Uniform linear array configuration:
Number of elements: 4
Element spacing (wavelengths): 1
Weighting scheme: hann
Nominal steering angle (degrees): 45
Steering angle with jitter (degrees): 46.723
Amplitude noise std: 0.05
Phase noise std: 0.05

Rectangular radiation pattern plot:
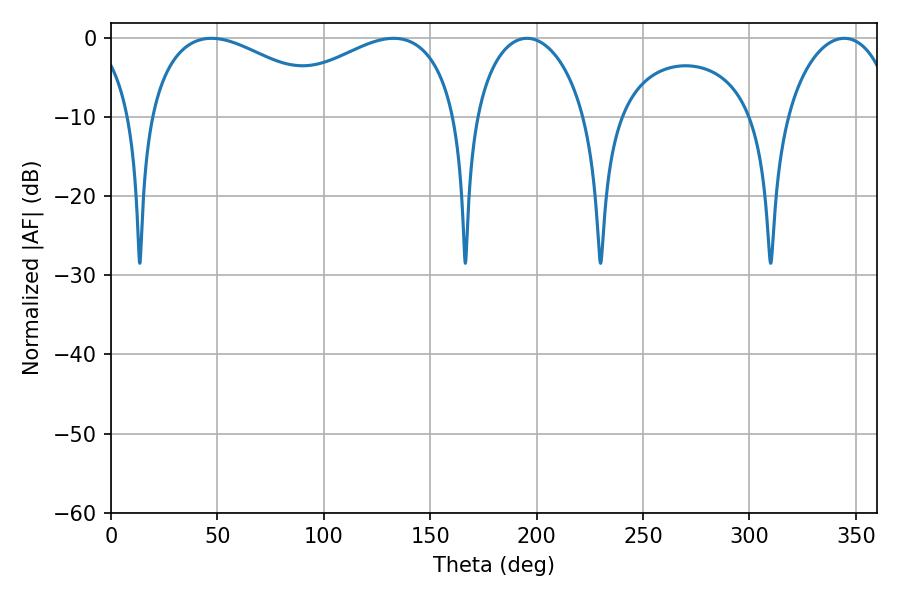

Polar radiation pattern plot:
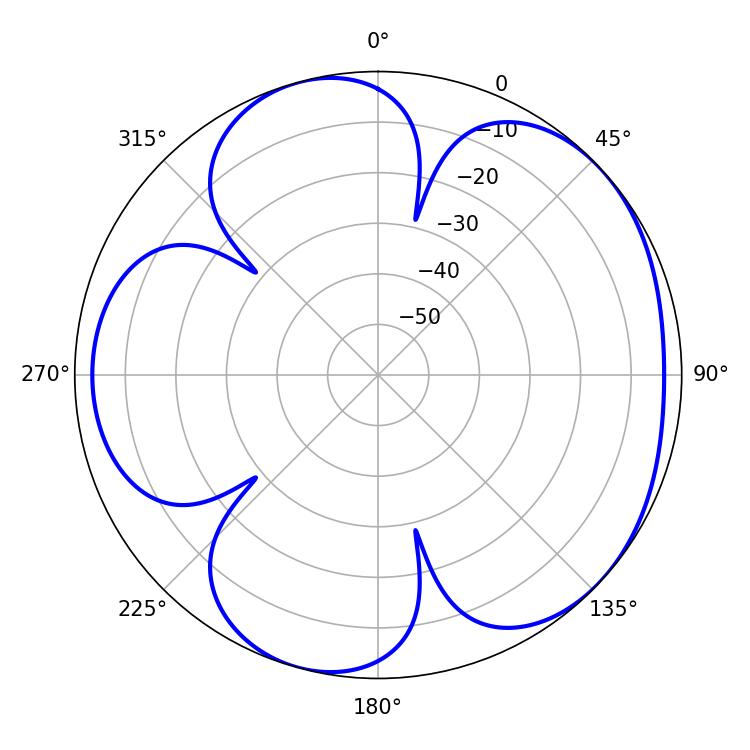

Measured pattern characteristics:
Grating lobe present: TRUE
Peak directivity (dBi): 4.797
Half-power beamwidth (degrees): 50.58
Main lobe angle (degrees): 47.16